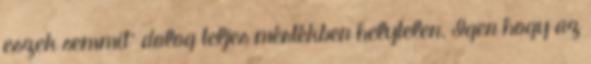
eszek semmit” dolog teljes mértékben helytelen. Igen hogy az